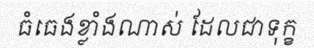
ធំធេងខ្លាំងណាស់ ដែលជាទុក្ខ